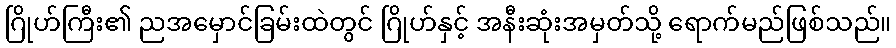
ဂြိုဟ်ကြီး၏ ညအမှောင်ခြမ်းထဲတွင် ဂြိုဟ်နှင့် အနီးဆုံးအမှတ်သို့ ရောက်မည်ဖြစ်သည်။